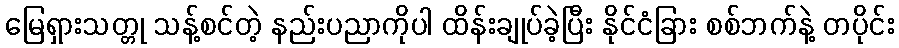
မြေရှားသတ္တု သန့်စင်တဲ့ နည်းပညာကိုပါ ထိန်းချုပ်ခဲ့ပြီး နိုင်ငံခြား စစ်ဘက်နဲ့ တပိုင်း